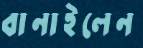
বানাইলেন